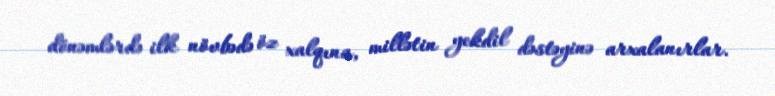
dönəmlərdə ilk növbədə öz xalqına, millətin yekdil dəstəyinə arxalanırlar.